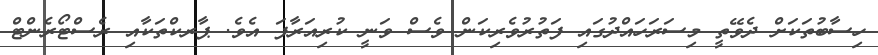
ހިސާބުތަކަށް ދެވޭތީ މިސަރަހައްދުގައި ފަތުރުވެރިކަން ވެސް ވަނީ ކުރިއަރާފަ އެވެ. ޕާރކްތަކާއި ރެސްޓޯރެންޓް